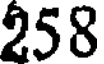
258